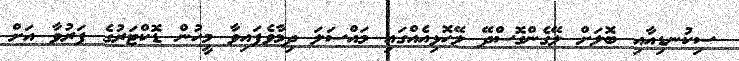
ސިކުނޑިއާއި ބޮލަށް ލޭގެންގޮސްދޭ ލޭހޮޅިއެއްގައި މައްސަލަ ދިމާވެފައިވާ މީހުން ޑޮކްޓަރުގެ ފަރުވާ އަށް